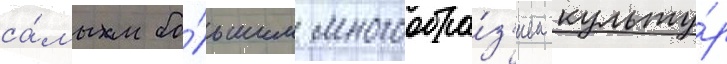
са́мым бо́льшим многообра́з'ием культу́р